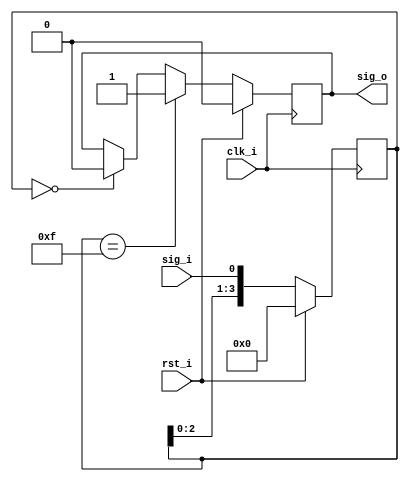
module debouncer
//----------- Paramters Declarations -------------------------------------------
#(
    parameter DEBOUNCER_LEN = 4
)
//----------- Ports Declarations -----------------------------------------------
(
    input       clk_i,
    input       rst_i,
    input       sig_i,
    output reg  sig_o
);
//------------------------------------------------------------------------------
//----------- Registers Declarations -------------------------------------------
//------------------------------------------------------------------------------
reg [DEBOUNCER_LEN-1:0] shift_reg;

//------------------------------------------------------------------------------
//----------- Assign/Always Blocks ---------------------------------------------
//------------------------------------------------------------------------------

always @(posedge clk_i)
begin
    if(rst_i == 1)
    begin
        shift_reg   <= 0;
        sig_o       <= 0;
    end
    else
    begin
        shift_reg <= {shift_reg[DEBOUNCER_LEN-2:0], sig_i};
        if(shift_reg == {DEBOUNCER_LEN{1'b1}})
        begin
            sig_o <= 1'b1;
        end
        else if(shift_reg == {DEBOUNCER_LEN{1'b0}})
        begin
            sig_o <= 1'b0;
        end
    end
end

endmodule